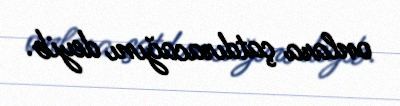
onlara çatdıracağını deyib.